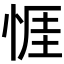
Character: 𢛄